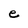
Character: e